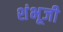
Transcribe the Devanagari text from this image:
शंभूजी